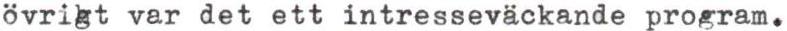
övrigt var det ett intresseväckande program.